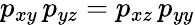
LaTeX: p_{xy}\, p_{yz}=p_{xz}\, p_{yy}